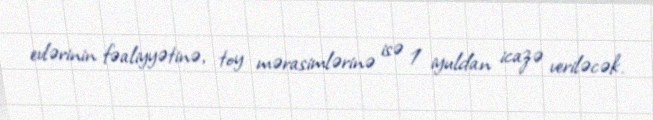
evlərinin fəaliyyətinə, toy mərasimlərinə isə 1 iyuldan icazə veriləcək.